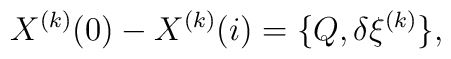
X^{(k)}(0)  - X^{(k)}(i) =\{ Q,\delta \xi ^{(k)}\} ,